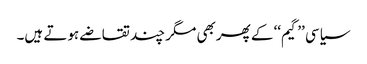
سیاسی ’’گیم‘‘ کے پھربھی مگر چند تقاضے ہوتے ہیں۔